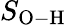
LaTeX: S_{\mathrm{O-H}}